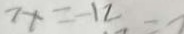
7 x = - 1 2